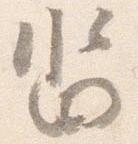
沓